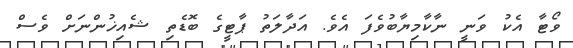
ވޯޓާ އެކު ވަނީ ނާކާމިޔާބުވެފަ އެވެ. އަދާލަތު ޕާޓީގެ ބޮޑެތި ޝެއިޚުންނަށް ވެސް